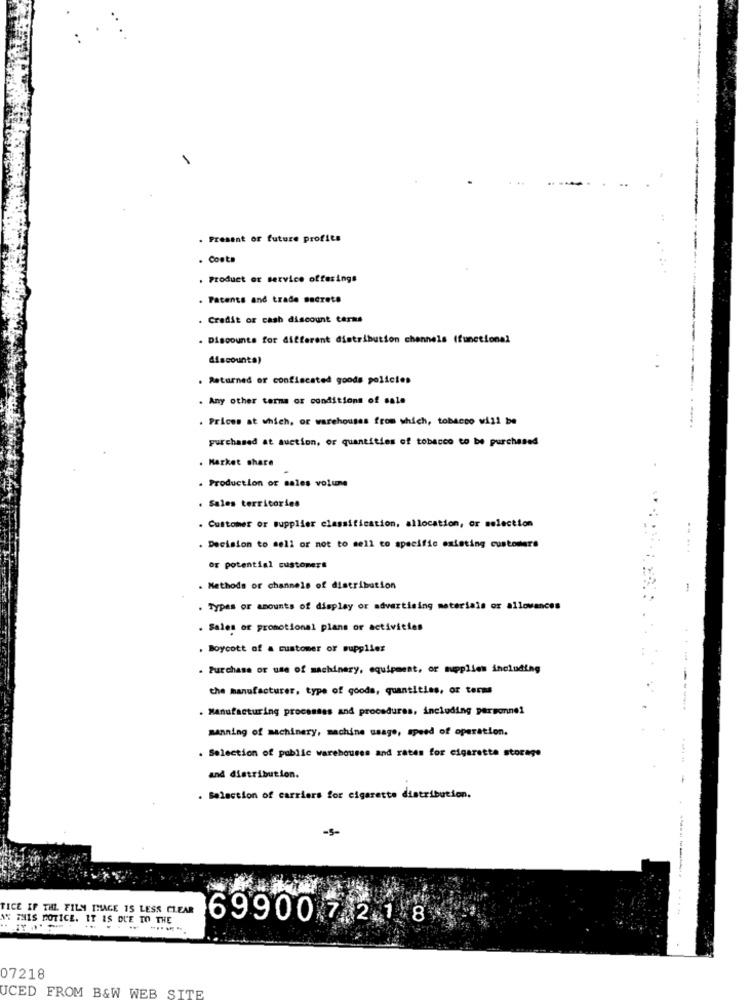
. Present or future profits
. Conta
. Product or service offerings
. Patents and trade secrete
. Credit or cash discount terms
. Discounts for different distribution channels (functional
discounts)
..
. Returned or confiscated goods policies
. Any other terms or conditions of sale
. Prices at which, or warehouses from which, tobacco will be
-----
purchased at auction, or quantities of tobacco to be purchased
Market share
. Production or sales volume
. Sales territories
. Customer or supplier classification, allocation, or selection
. Decision to sell or not to sell to specific existing customers
or potential customers
. Methods or channels of distribution
. Types or amounts of display or advertising materials or allowances
. Sales or promotional plans or activities
. Boycott of a customer or supplies
. Purchase or use of machinery, equipment, or mupplies including
the manufacturer, type of goods, quantities, or terms
. Manufacturing processes and procedures, including personnel
-----
manning of machinery, machine usage, speed of operation.
. Selection of public warehouses and rates for cigaretta storage
and distribution.
. Selection of carriers for cigarette distribution.
-5-
TICE IF THE FILM THAGE IS LESS CLEAR
N IHIS EOTICE. IT IS DUE TO THE
---
69900 7 2.1 8
07218
UCED FROM B&W WEB SITE